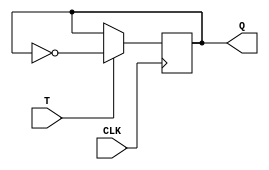
module t_flip_flop (
    input T,
    input CLK,
    output reg Q
);

initial
begin
    Q = 0;
end

always @(posedge CLK)
begin
    if (T)
        Q <= ~Q;
end

endmodule